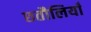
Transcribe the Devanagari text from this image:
छतौलियाँ